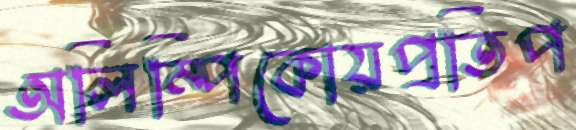
অলিম্পিকোয়প্রতিপ